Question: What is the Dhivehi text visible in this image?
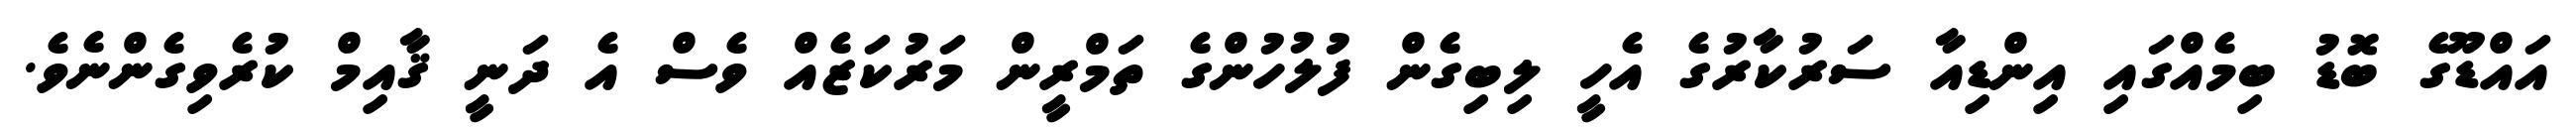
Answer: އައްޑޫގެ ބޮޑު ބިމެއްގައި އިންޑިއާ ސަރުކާރުގެ އެހީ ލިބިގެން ފުލުހުންގެ ތަމްރީން މަރުކަޒެއް ވެސް އެ ދަނީ ޤާއިމް ކުރެވިގެންނެވެ.